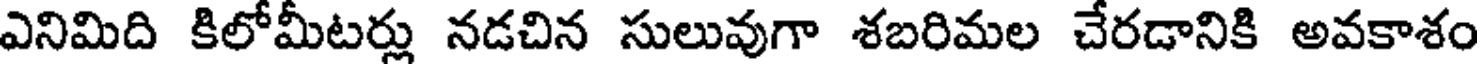
ఎనిమిది కిలోమీటర్లు నడచిన సులువుగా శబరిమల చేరడానికి అవకాశం